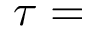
\tau =